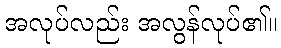
အလုပ်လည်း အလွန်လုပ်၏။